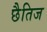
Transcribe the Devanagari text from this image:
छैतिज